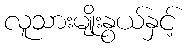
လူသားမျိုးနွယ်နှင့်